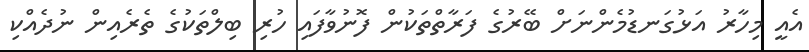
އެއީ މިހާރު އަޅުގަނޑުމެންނަށް ބޭރުގެ ފަރާތްތަކުން ފޮނުވާފައި ހުރި ބިލްތަކުގެ ތެރެއިން ނުދެއްކި